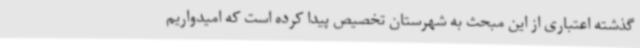
گذشته اعتباری از این مبحث به شهرستان تخصیص پیدا کرده است که امیدواریم